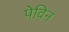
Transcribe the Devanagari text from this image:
पेविन